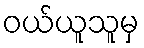
ဝယ်ယူသူမှ